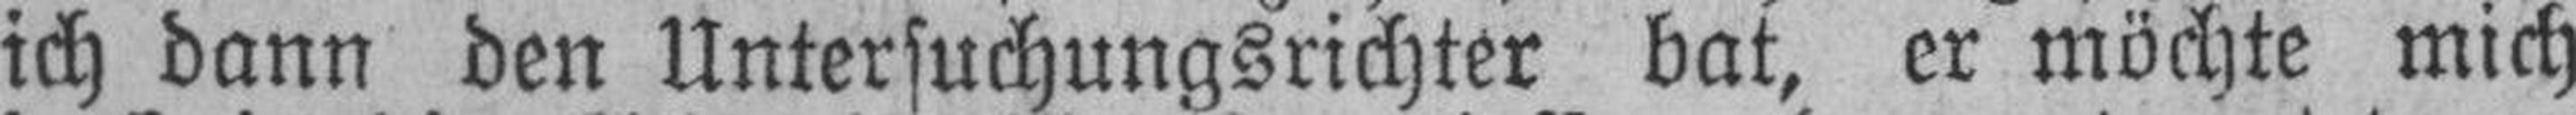
ich dann den Untersuchungsrichter bat, er möchte mich